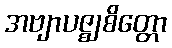
အဗျာပဇ္ဈစိတ္တော